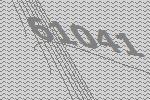
61041